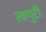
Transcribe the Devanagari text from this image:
त्वग्पुटी